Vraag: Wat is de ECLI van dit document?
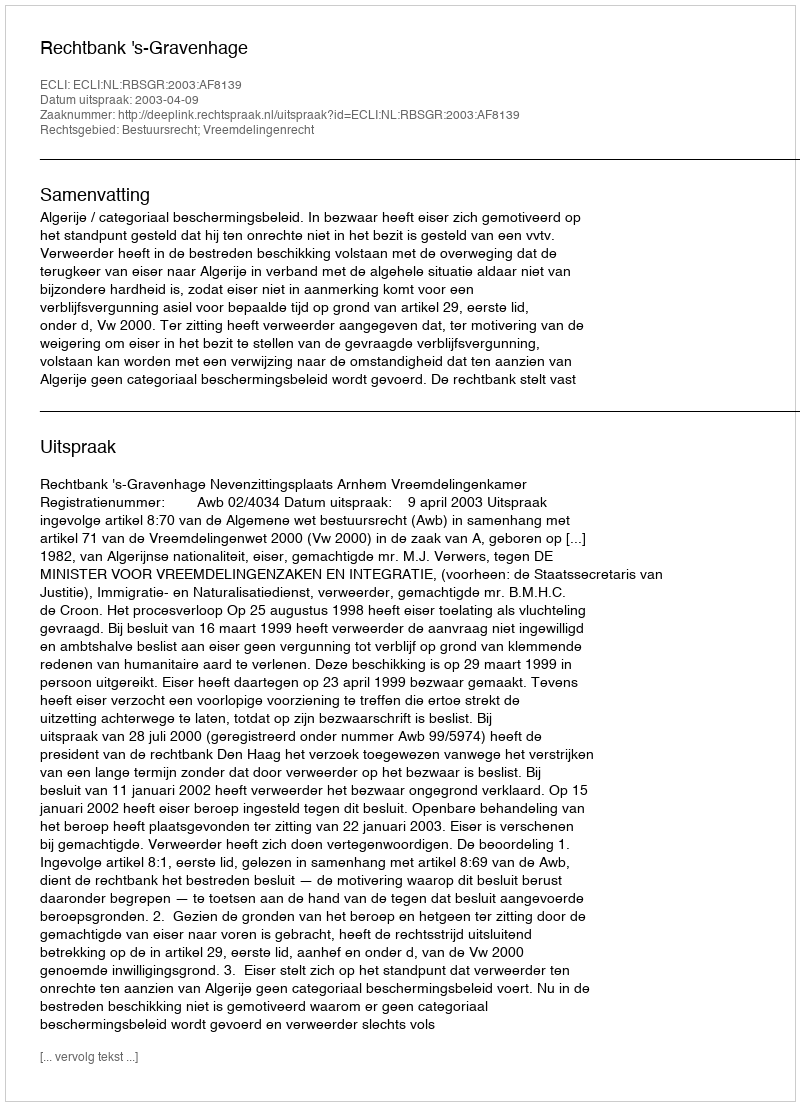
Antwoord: ECLI:NL:RBSGR:2003:AF8139